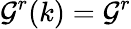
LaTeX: \mathcal G^{r}(k)=\mathcal G^{r}